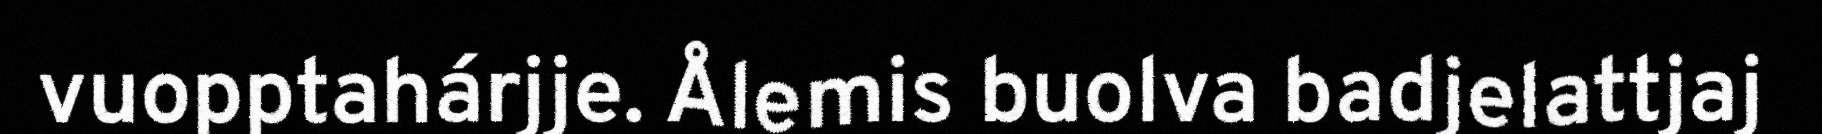
vuopptahárjje. Ålemis buolva badjelattjaj